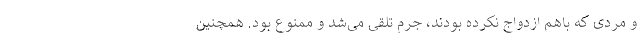
و مردی که باهم ازدواج نکرده بودند، جرم تلقی می‌شد و ممنوع بود. همچنین